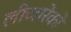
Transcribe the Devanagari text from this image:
लीजारेंको